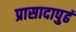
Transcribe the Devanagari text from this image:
प्रासादापुढं